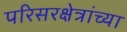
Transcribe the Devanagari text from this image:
परिसरक्षेत्रांच्या